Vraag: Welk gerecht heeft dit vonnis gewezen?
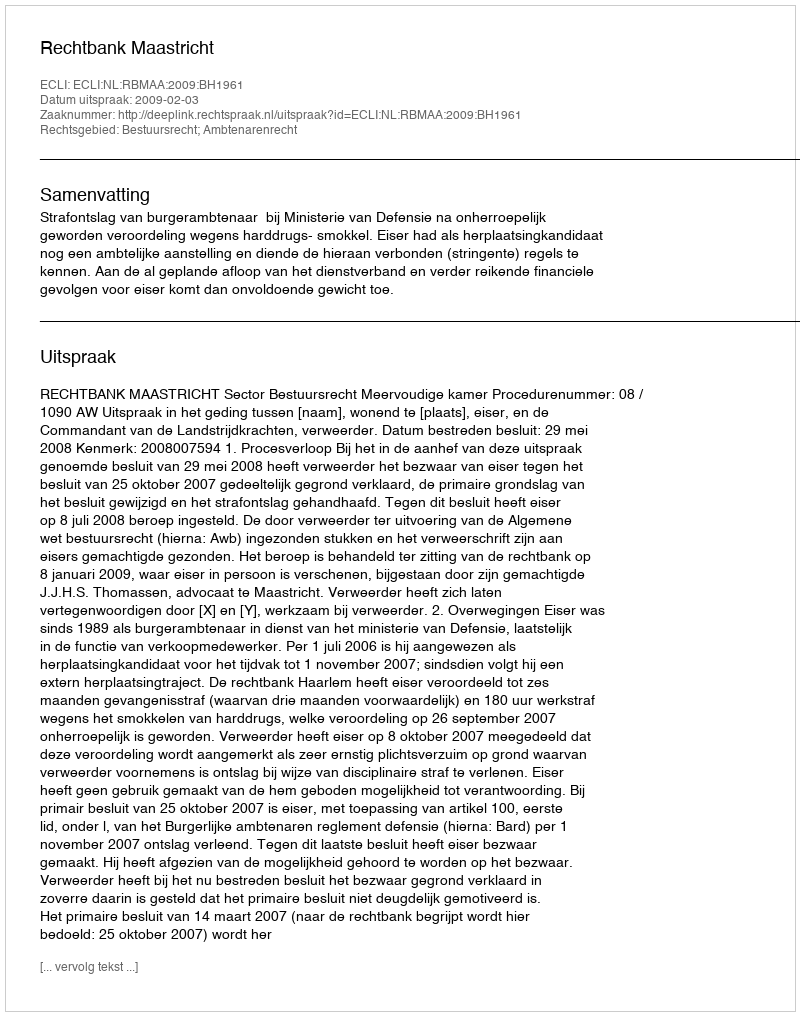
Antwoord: Rechtbank Maastricht